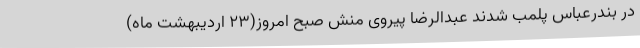
در بندرعباس پلمب شدند عبدالرضا پیروی منش صبح امروز(23 اردیبهشت ماه)